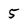
Character: 5